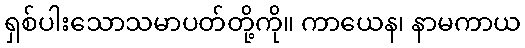
ရှစ်ပါးသောသမာပတ်တို့ကို။ ကာယေန၊ နာမကာယ